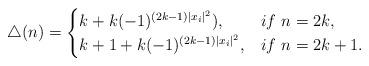
LaTeX: \begin{align*}\bigtriangleup (n)= \begin{cases} k+k(-1)^{(2k-1)|x_i|^2}), &if~n=2k,\\ k+1+k(-1)^{(2k-1)|x_i|^2}, &if~n=2k+1.\\ \end{cases}\end{align*}